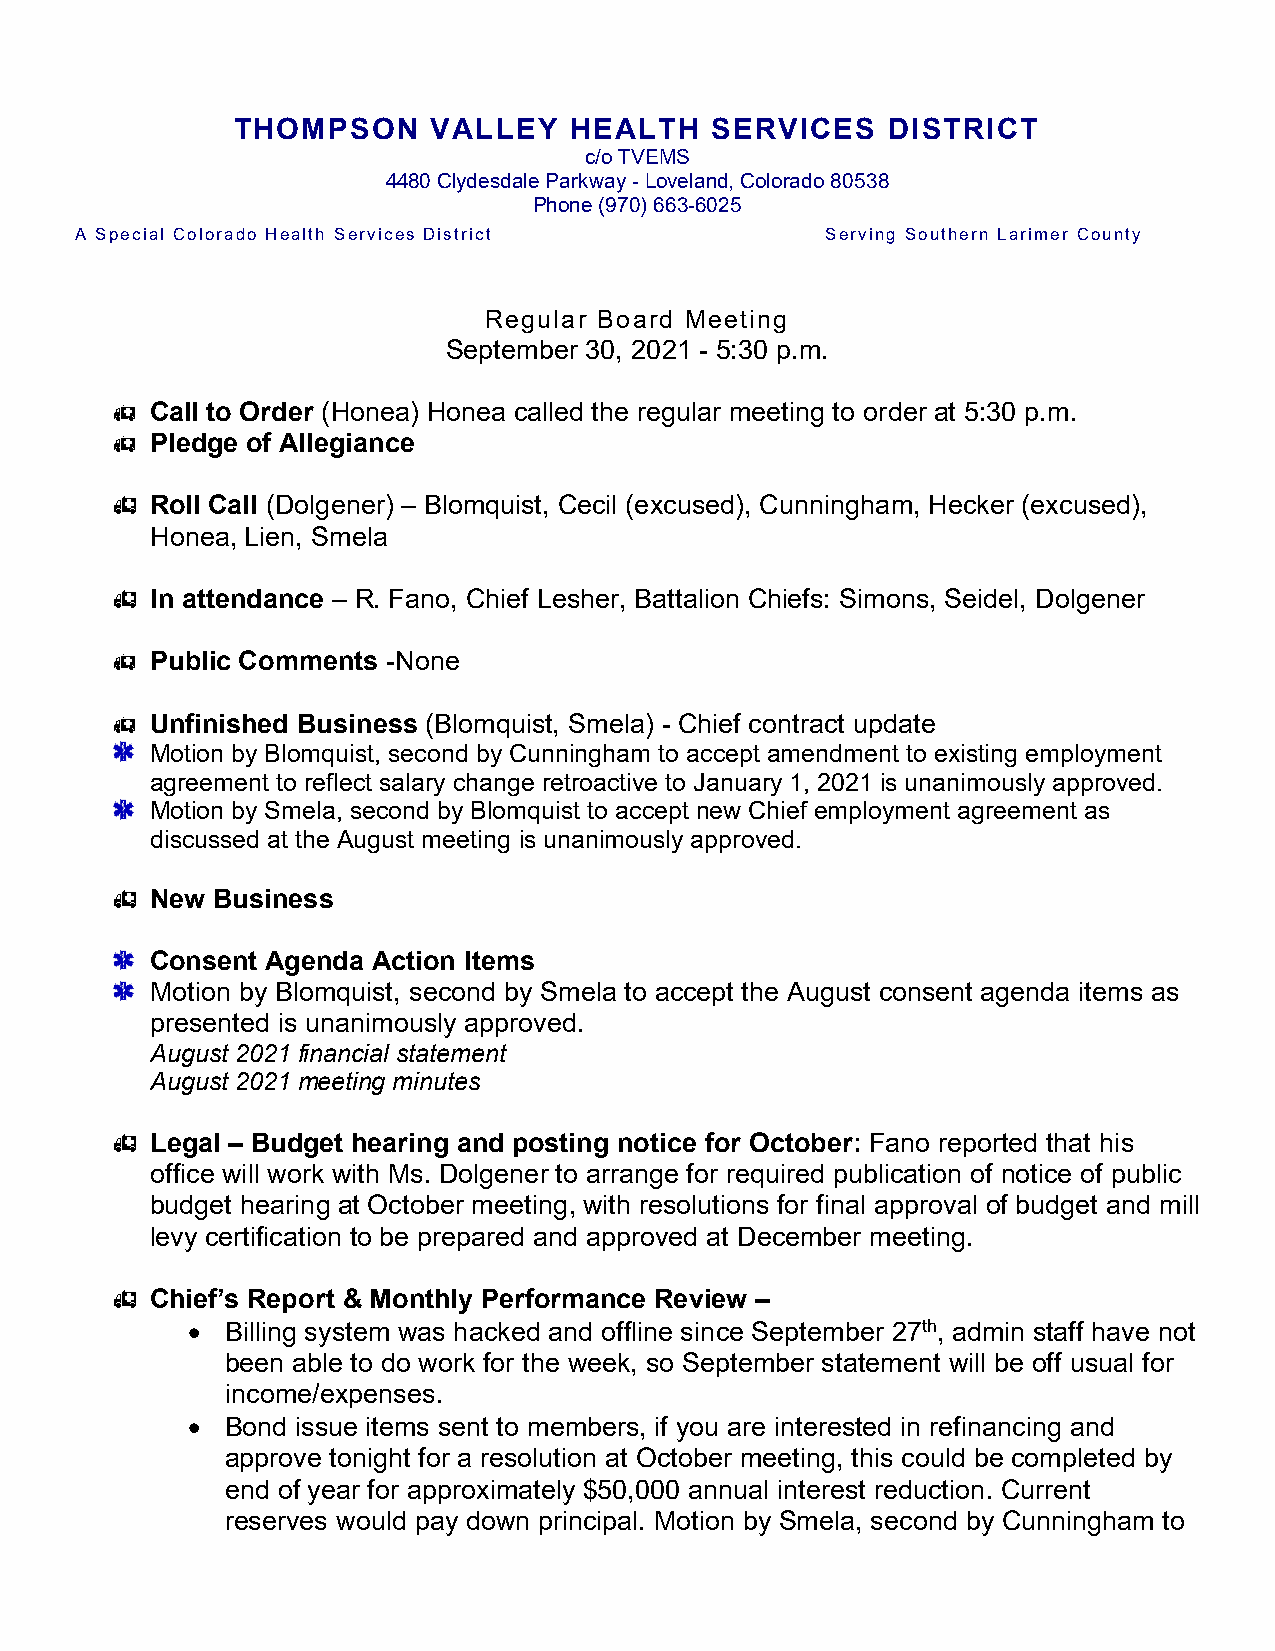
THOMPSON      VALLEY   HEALTH   SERVICES    DISTRICT
 c/o TVEMS
 4480 Clydesdale Parkway - Loveland, Colorado 80538
 Phone (970) 663-6025
 A Special Colorado Health Services District       Serving Southern Larimer County
 Regular Board Meeting
 September 30, 2021 - 5:30 p.m.
   Call to Order (Honea) Honea called the regular meeting to order at 5:30 p.m.
   Pledge of Allegiance
   Roll Call (Dolgener) – Blomquist, Cecil (excused), Cunningham, Hecker (excused),
 Honea, Lien, Smela
   In attendance – R. Fano, Chief Lesher, Battalion Chiefs: Simons, Seidel, Dolgener
   Public Comments -None
   Unfinished Business (Blomquist, Smela) - Chief contract update
 Motion by Blomquist, second by Cunningham to accept amendment to existing employment
 agreement to reflect salary change retroactive to January 1, 2021 is unanimously approved.
 Motion by Smela, second by Blomquist to accept new Chief employment agreement as
 discussed at the August meeting is unanimously approved.
   New Business
 Consent Agenda Action Items
 Motion by Blomquist, second by Smela to accept the August consent agenda items as
 presented is unanimously approved.
 August 2021 financial statement
 August 2021 meeting minutes
   Legal – Budget hearing and posting notice for October: Fano reported that his
 office will work with Ms. Dolgener to arrange for required publication of notice of public
 budget hearing at October meeting, with resolutions for final approval of budget and mill
 levy certification to be prepared and approved at December meeting.
   Chief’s Report & Monthly Performance Review –
 •  Billing system was hacked and offline since September 27th, admin staff have not
 been able to do work for the week, so September statement will be off usual for
 income/expenses.
 •  Bond issue items sent to members, if you are interested in refinancing and
 approve tonight for a resolution at October meeting, this could be completed by
 end of year for approximately $50,000 annual interest reduction. Current
 reserves would pay down principal. Motion by Smela, second by Cunningham to